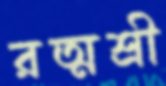
রত্মশ্রী